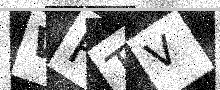
Text: WRTV